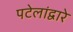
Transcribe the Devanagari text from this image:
पटेलांद्वारे